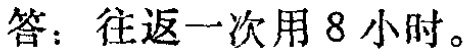
答：往返一次用 8 小时。